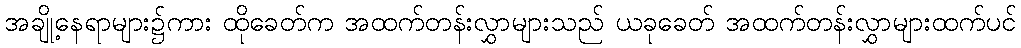
အချို့နေရာများ၌ကား ထိုခေတ်က အထက်တန်းလွှာများသည် ယခုခေတ် အထက်တန်းလွှာများထက်ပင်